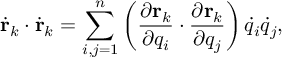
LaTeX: { \dot { \mathbf { r } } } _ { k } \cdot { \dot { \mathbf { r } } } _ { k } = \sum _ { i , j = 1 } ^ { n } \left( { \frac { \partial \mathbf { r } _ { k } } { \partial q _ { i } } } \cdot { \frac { \partial \mathbf { r } _ { k } } { \partial q _ { j } } } \right) { \dot { q } } _ { i } { \dot { q } } _ { j } ,